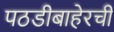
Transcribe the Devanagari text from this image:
पठडीबाहेरची